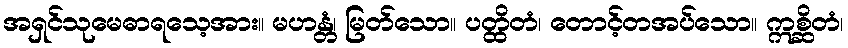
အရှင်သုမေဓာရသေ့အား။ မဟန္တံ၊ မြတ်သော။ ပတ္ထိတံ၊ တောင့်တအပ်သော။ ဣစ္ဆိတံ၊